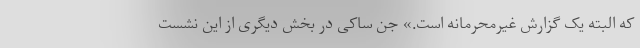
که البته یک گزارش غیرمحرمانه است.» جن ساکی در بخش دیگری از این نشست